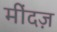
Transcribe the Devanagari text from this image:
मींदज़